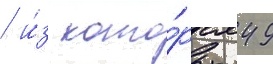
/ и́з кото́рых 49